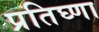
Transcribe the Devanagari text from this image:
प्रतिघ्णा